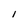
Character: I